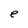
Character: e